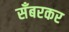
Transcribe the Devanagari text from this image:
सँबरकर